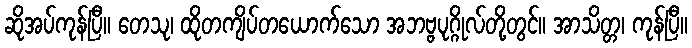
ဆိုအပ်ကုန်ပြီ။ တေသု၊ ထိုတကျိပ်တယောက်သော အဘဗ္ဗပုဂ္ဂိုလ်တို့တွင်။ အာသိတ္တ၊ ကုန်ပြီ။